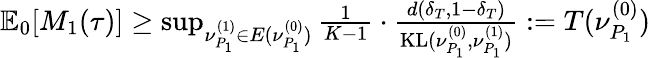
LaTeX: \begin{array}{r}{\mathbb{E}_{0}[M_{1}(\tau)]\ge\operatorname*{sup}_{\nu_{P_{1}}^{(1)}\in E(\nu_{P_{1}}^{(0)})}\frac{1}{K-1}\cdot\frac{d(\delta_{T},1-\delta_{T})}{\mathrm{KL}(\nu_{P_{1}}^{(0)},\nu_{P_{1}}^{(1)})}:=T(\nu_{P_{1}}^{(0)})}\end{array}